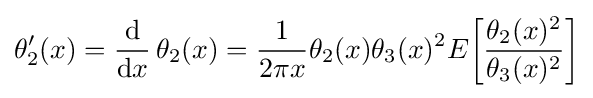
\theta _{2}'(x)={\frac {\mathrm {d} }{\mathrm {d} x}}\,\theta _{2}(x)={\frac {1}{2\pi x}}\theta _{2}(x)\theta _{3}(x)^{2}E{\biggl [}{\frac {\theta _{2}(x)^{2}}{\theta _{3}(x)^{2}}}{\biggr ]}